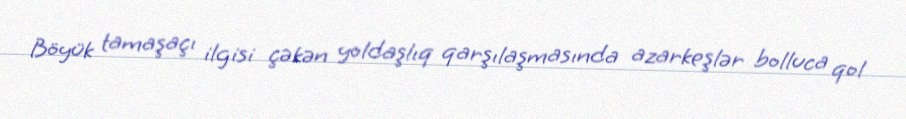
Böyük tamaşaçı ilgisi çəkən yoldaşlıq qarşılaşmasında azarkeşlər bolluca qol